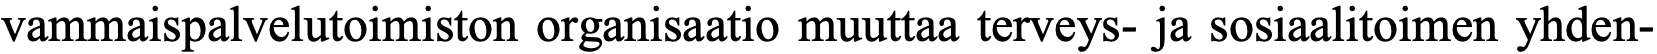
vammaispalvelutoimiston organisaatio muuttaa terveys- ja sosiaalitoimen yhden-